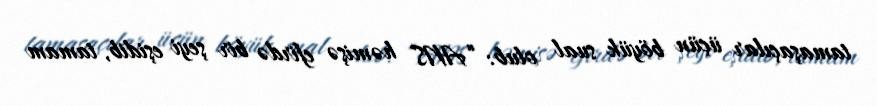
tamaşaçılar üçün böyük sual olub: “ANS həmişə efirdə bir şeyi eşidib, tamam